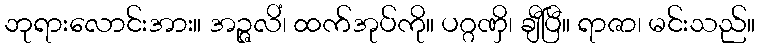
ဘုရားလောင်းအား။ အဉ္ဇလိံ၊ ထက်အုပ်ကို။ ပဂ္ဂဏှိ၊ ချီပြီ။ ရာဇာ၊ မင်းသည်။